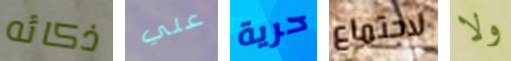
ذكائه علي حرية لاجتماع ولا